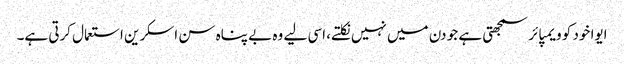
ایوا خود کو ویمپائر سمجھتی ہے جو دن میں نہیں نکلتے، اسی لیے وہ بے پناہ سن اسکرین استعمال کرتی ہے۔